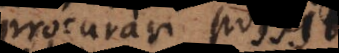
procurari possit